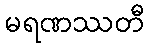
မရဏဿတီ